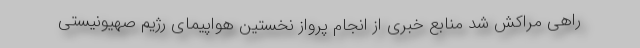
راهی مراکش شد منابع خبری از انجام پرواز نخستین هواپیمای رژیم صهیونیستی